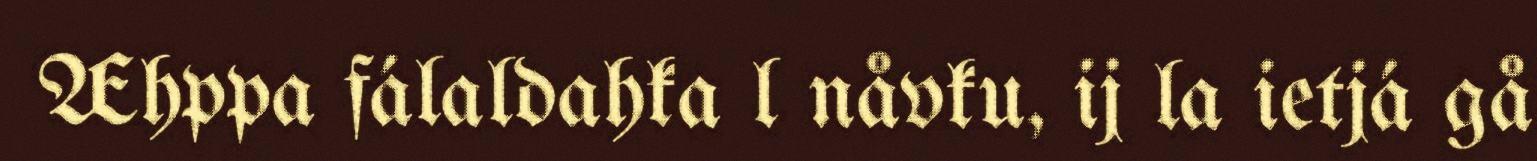
Æhppa fálaldahka l nåvku, ij la ietjá gå